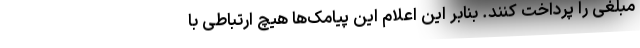
مبلغی را پرداخت کنند. بنابر این اعلام این پیامک‌ها هیچ ارتباطی با